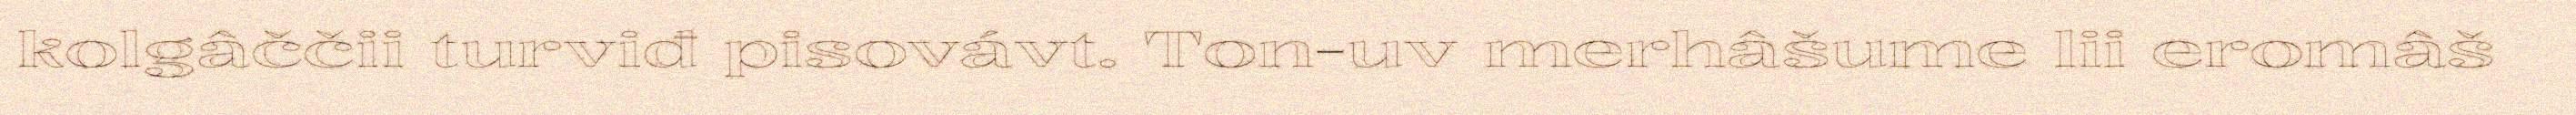
kolgâččii turviđ pisovávt. Ton-uv merhâšume lii eromâš